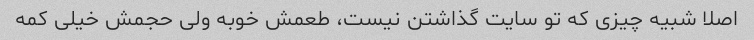
اصلا شبیه چیزی که تو سایت گذاشتن نیست، طعمش خوبه ولی حجمش خیلی کمه